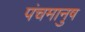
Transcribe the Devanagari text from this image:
पंचमानुष